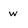
Character: w